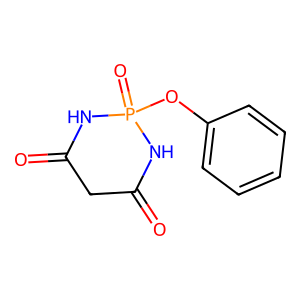
SMILES: O=C1CC(=O)NP(=O)(Oc2ccccc2)N1
Inhibits HIV replication: No